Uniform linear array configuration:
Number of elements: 24
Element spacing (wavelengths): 1
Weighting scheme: kaiser
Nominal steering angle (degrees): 60
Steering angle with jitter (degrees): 59.191
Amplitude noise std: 0.05
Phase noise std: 0.05

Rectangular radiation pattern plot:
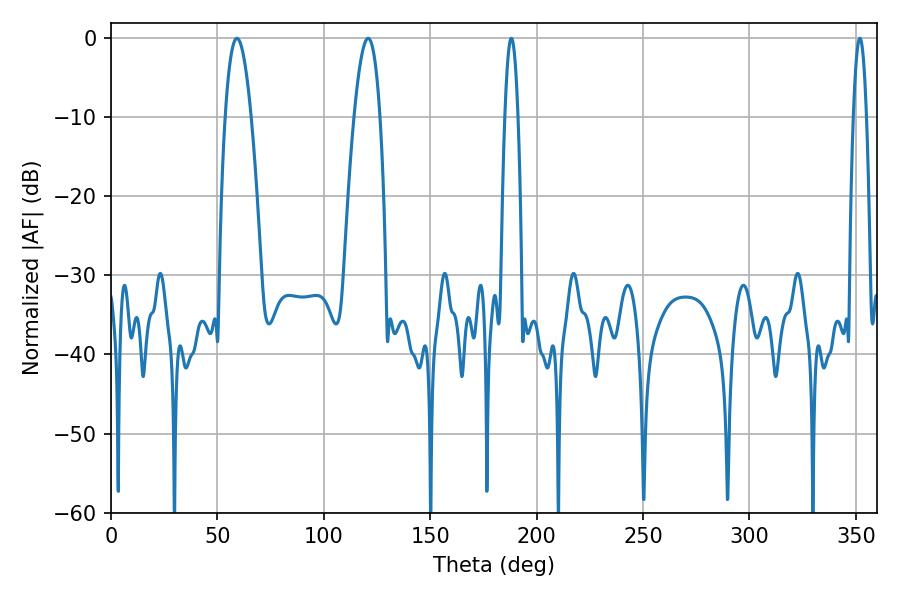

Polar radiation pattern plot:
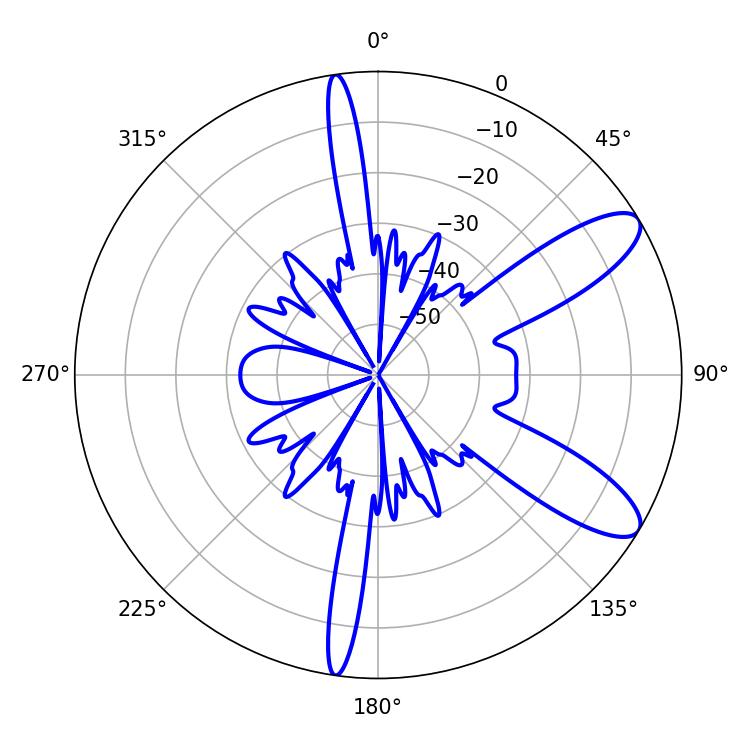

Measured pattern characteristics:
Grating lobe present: TRUE
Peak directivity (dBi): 10.028
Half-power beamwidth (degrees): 3.24
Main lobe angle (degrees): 351.9